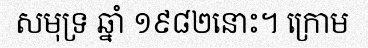
សមុទ្រ ឆ្នាំ ១៩៨២នោះ។ ក្រោម